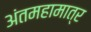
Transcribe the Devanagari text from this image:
अंतमहामात्र